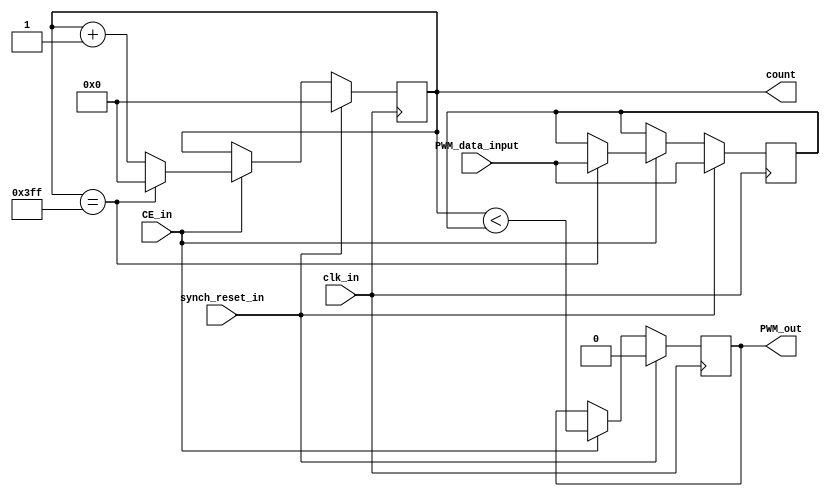
module PWMunsigned(clk_in, CE_in, synch_reset_in, PWM_data_input, PWM_out, count);
parameter PWM_IN_SIZE = 10; // this is a constant that can be overridden when 
 // Instantiating this module
input clk_in, CE_in, synch_reset_in; 
// synch_reset_in must be synchronised to clk_in
input [PWM_IN_SIZE-1:0] PWM_data_input; 
output reg PWM_out; 
// out=1 in proportion to magnitude of 
// PWM_data_input/2**[PWM_IN_SIZE] 
output reg [PWM_IN_SIZE-1:0] count; 
//reg [PWM_IN_SIZE-1:0] count;
//  other local signals declared here
reg [PWM_IN_SIZE-1:0] PWM_data_input_buffered;
always @(posedge clk_in)
if (synch_reset_in) begin
	count <= 0;
	PWM_data_input_buffered <= PWM_data_input;
	PWM_out <= 0;
	end
else if (CE_in) begin
	count <= count + 1'b1;
	//PWM_out <= 0;
	PWM_out <= (count < PWM_data_input_buffered);
	if (count == (2**PWM_IN_SIZE - 1)) begin
	PWM_data_input_buffered <= PWM_data_input;
	count <= 0;
	
end
end
endmodule